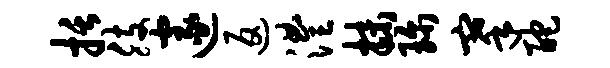
括肢邃返澧抹珍搴酡